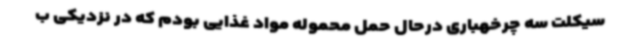
سیکلت سه چرخهباری درحال حمل محموله مواد غذایی بودم که در نزدیکی ب